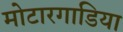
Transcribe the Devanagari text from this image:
मोटारगाडिया